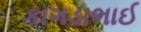
કાગડાભાઈ